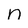
Character: n